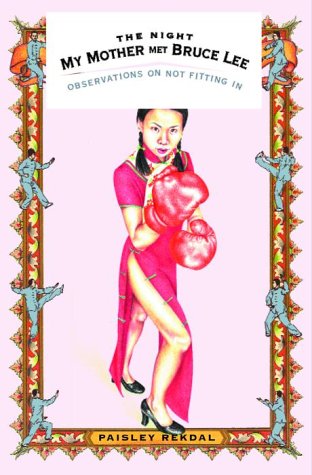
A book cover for The Night My Mother Met Bruce Lee: Observations on Not Fitting In; Paisley Rekdal; Biographies & Memoirs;